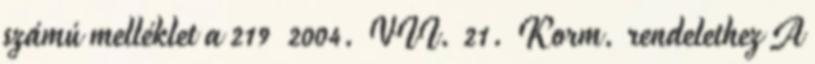
számú melléklet a 219 2004. VII. 21. Korm. rendelethez A